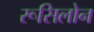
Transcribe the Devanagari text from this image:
रूसिलोन